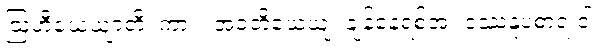
ဩဟီယေယျာတိ၊ ကား။ အဝတိယေယျ၊ ချန်နေရစ်အံ့။ ဒဿနူပစာရံ ဝါ၊